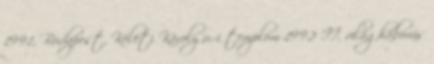
1991, Budapest, Keleti Károly u.-i templom 1992 II. világháborús